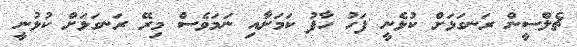
ޗެލްސީން ރަނގަޅަށް ކުޅެނީ ފަހު ހާފު ކަމަށާއި ނަމަވެސް މިރޭ ރަނގަޅަށް ކުޅުނީ